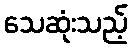
သေဆုံးသည့်